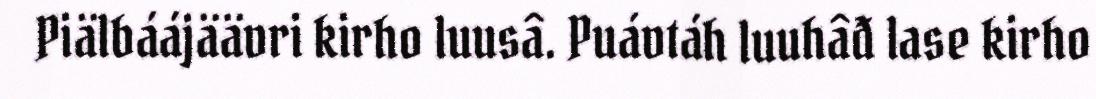
Piälbáájäävri kirho luusâ. Puávtáh luuhâđ lase kirho